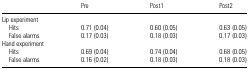
|  | Pre | Post1 | Post2 |
 | --- | --- | --- | --- |
 | <COLSPAN=4> Lip experiment |
 | Hits | 0.71 (0.04) | 0.60 (0.05) | 0.63 (0.05) |
 | False alarms | 0.17 (0.03) | 0.18 (0.03) | 0.17 (0.03) |
 | <COLSPAN=4> Hand experiment |
 | Hits | 0.69 (0.04) | 0.74 (0.04) | 0.68 (0.05) |
 | False alarms | 0.16 (0.02) | 0.18 (0.03) | 0.18 (0.03) |